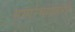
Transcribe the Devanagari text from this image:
समारंभांप्रसंगी